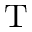
\mathrm { T }